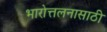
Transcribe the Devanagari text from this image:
भारोत्तलनासाठी